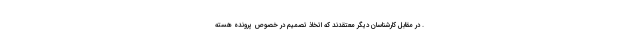
. در مقابل کارشناسان دیگر معتقدند که اتخاذ تصمیم در خصوص پرونده هسته